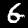
Label: 6